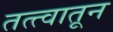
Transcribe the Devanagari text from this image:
तत्त्वातून